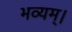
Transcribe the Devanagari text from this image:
भव्यम्।